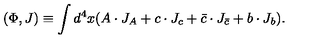
( \Phi , J ) \equiv \int d ^ { 4 } x ( A \cdot J _ { A } + c \cdot J _ { c } + \bar { c } \cdot J _ { \bar { c } } + b \cdot J _ { b } ) .